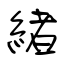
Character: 緒